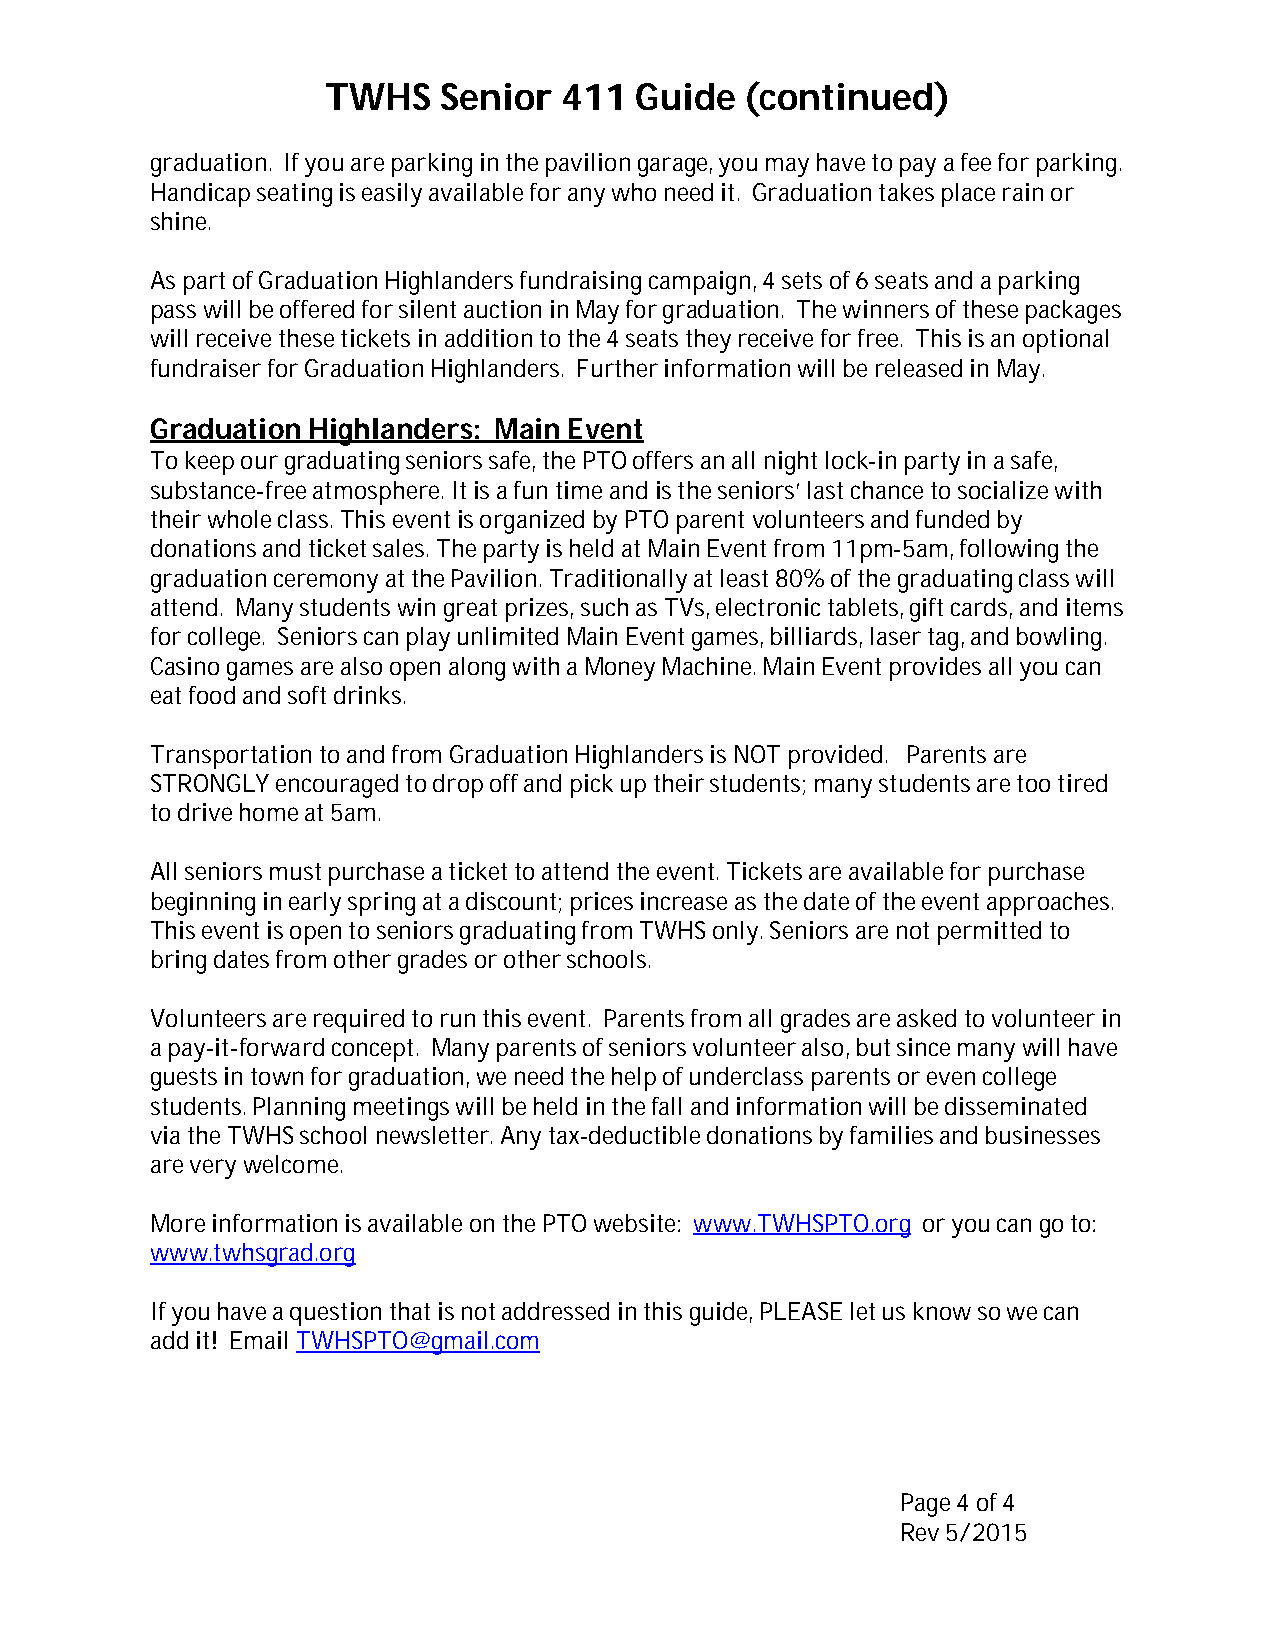
TWHS   Senior  411  Guide  (continued)
 graduation. If you are parking in the pavilion garage, you may have to pay a fee for parking.
 Handicap seating is easily available for any who need it. Graduation takes place rain or
 shine.
 As part of Graduation Highlanders fundraising campaign, 4 sets of 6 seats and a parking
 pass will be offered for silent auction in May for graduation. The winners of these packages
 will receive these tickets in addition to the 4 seats they receive for free. This is an optional
 fundraiser for Graduation Highlanders. Further information will be released in May.
 Graduation Highlanders: Main Event
 To keep our graduating seniors safe, the PTO offers an all night lock-in party in a safe,
 substance-free atmosphere. It is a fun time and is the seniors’ last chance to socialize with
 their whole class. This event is organized by PTO parent volunteers and funded by
 donations and ticket sales. The party is held at Main Event from 11pm-5am, following the
 graduation ceremony at the Pavilion. Traditionally at least 80% of the graduating class will
 attend. Many students win great prizes, such as TVs, electronic tablets, gift cards, and items
 for college. Seniors can play unlimited Main Event games, billiards, laser tag, and bowling.
 Casino games are also open along with a Money Machine. Main Event provides all you can
 eat food and soft drinks.
 Transportation to and from Graduation Highlanders is NOT provided. Parents are
 STRONGLY encouraged to drop off and pick up their students; many students are too tired
 to drive home at 5am.
 All seniors must purchase a ticket to attend the event. Tickets are available for purchase
 beginning in early spring at a discount; prices increase as the date of the event approaches.
 This event is open to seniors graduating from TWHS only. Seniors are not permitted to
 bring dates from other grades or other schools.
 Volunteers are required to run this event. Parents from all grades are asked to volunteer in
 a pay-it-forward concept. Many parents of seniors volunteer also, but since many will have
 guests in town for graduation, we need the help of underclass parents or even college
 students. Planning meetings will be held in the fall and information will be disseminated
 via the TWHS school newsletter. Any tax-deductible donations by families and businesses
 are very welcome.
 More information is available on the PTO website: www.TWHSPTO.org or you can go to:
 www.twhsgrad.org
 If you have a question that is not addressed in this guide, PLEASE let us know so we can
 add it! Email TWHSPTO@gmail.com
 Page 4 of 4
 Rev 5/2015